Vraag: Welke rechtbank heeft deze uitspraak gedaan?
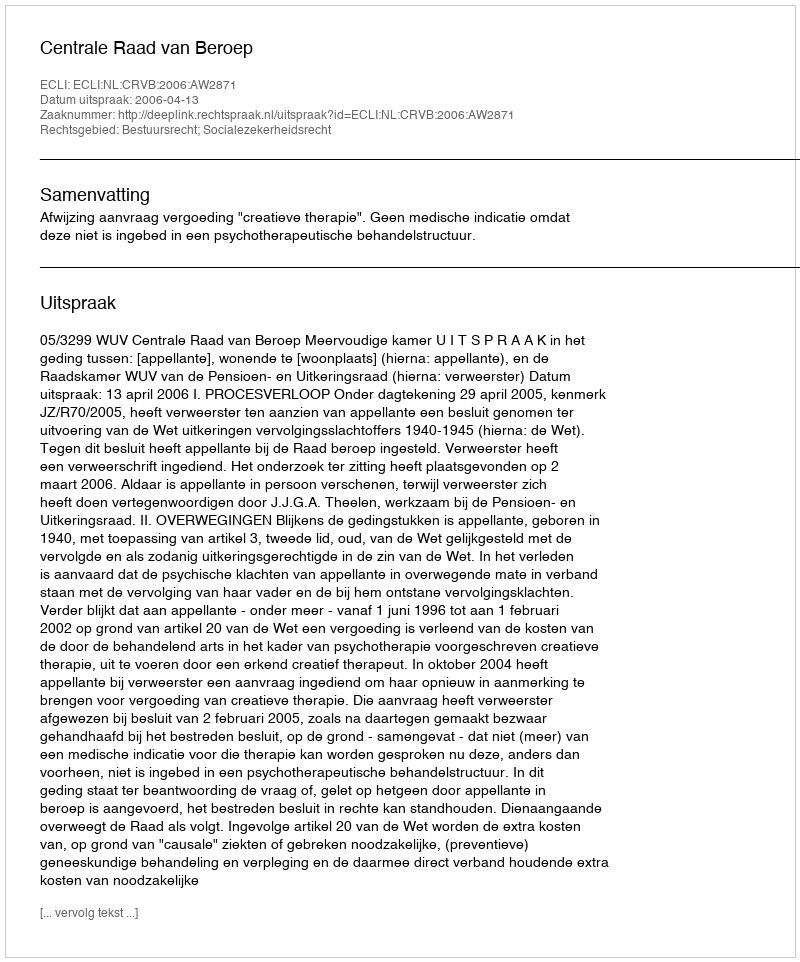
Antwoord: Centrale Raad van Beroep